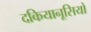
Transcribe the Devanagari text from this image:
दकियानूसियों